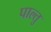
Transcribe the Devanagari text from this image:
पाल्तु